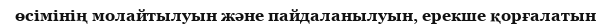
өсімінің молайтылуын және пайдаланылуын, ерекше қорғалатын